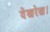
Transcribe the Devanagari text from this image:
देखरेख।